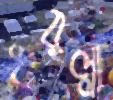
ধরল্লা